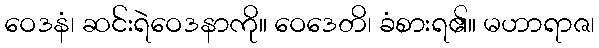
ဝေဒနံ၊ ဆင်းရဲဝေဒနာကို။ ဝေဒေတိ၊ ခံစားရ၏။ မဟာရာဇ၊